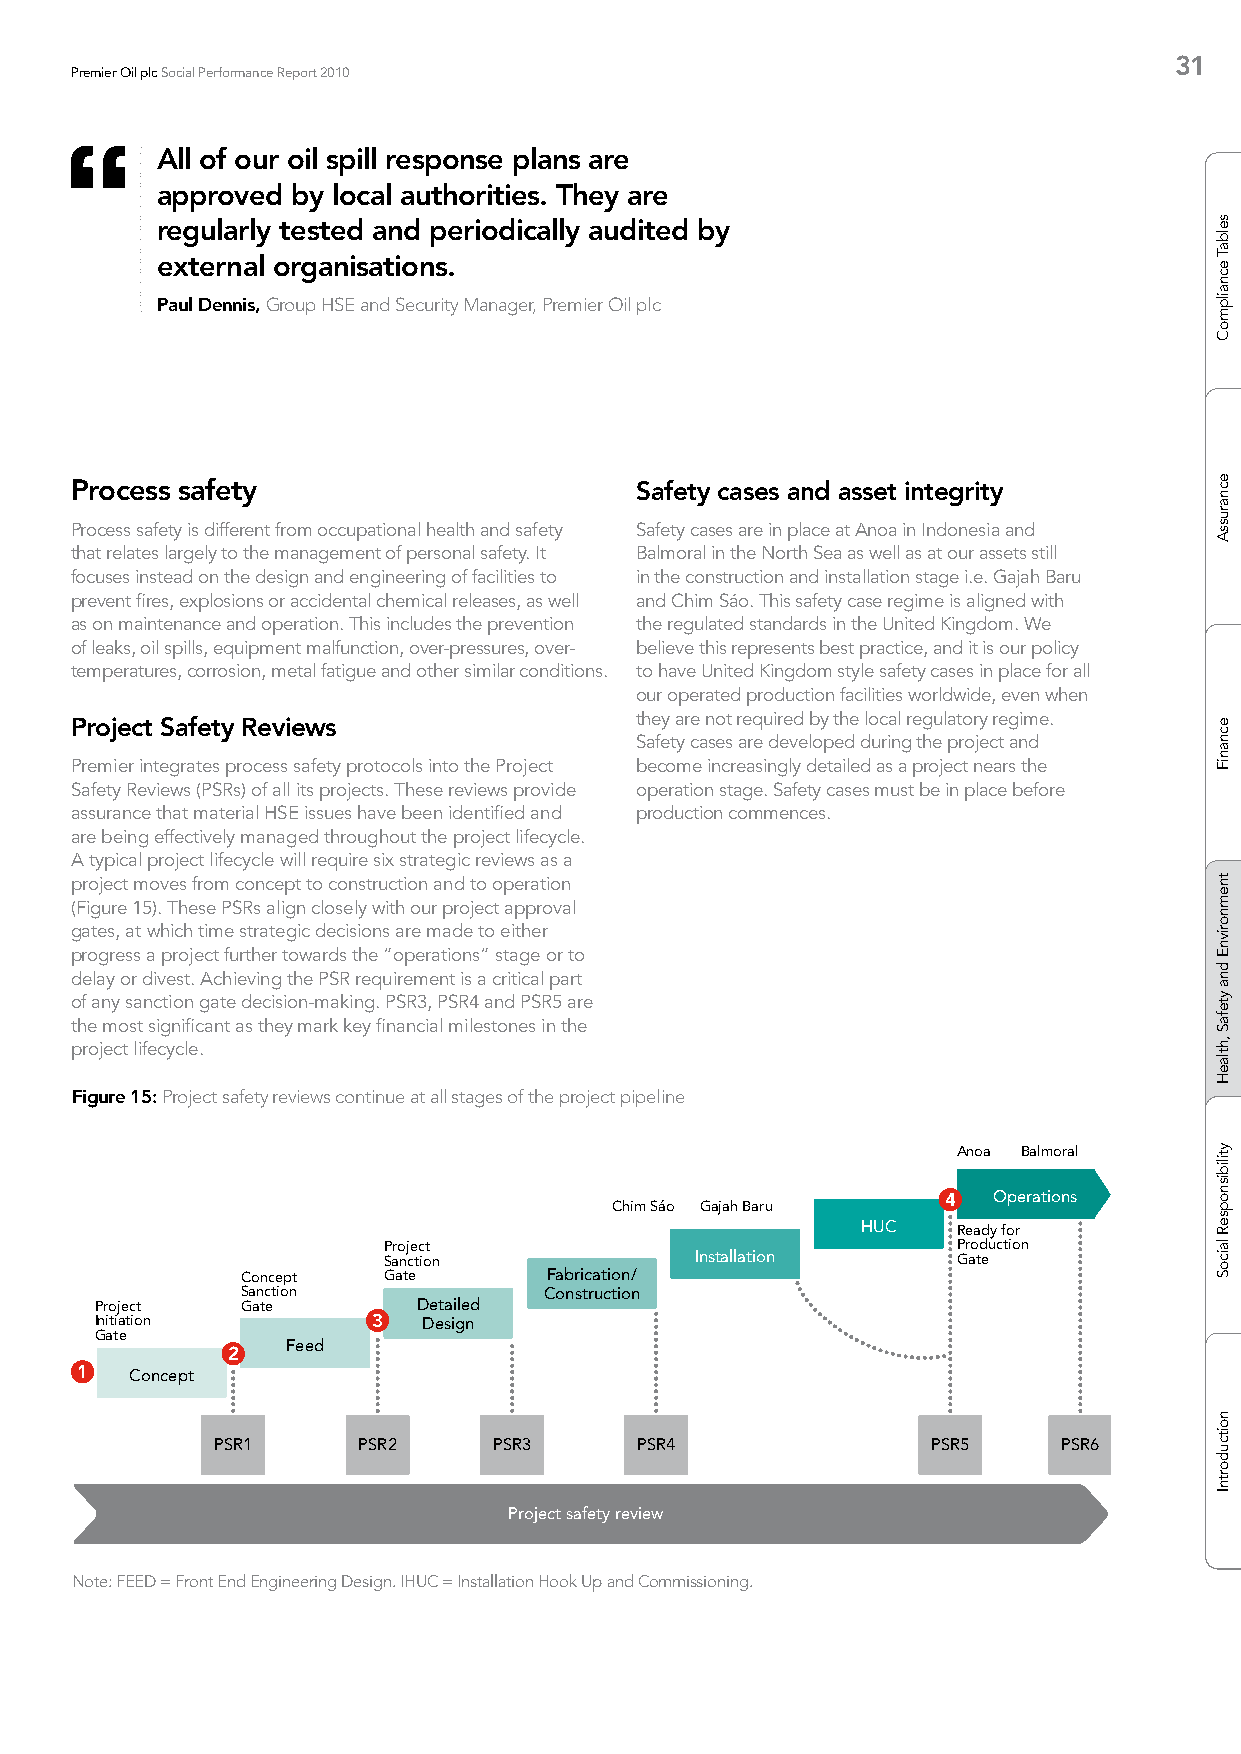
31
 Premier Oil plc Social Performance Report 2010
 All of our oil spill response plans are
 approved by local authorities. They are
 regularly tested and periodically audited by
 external organisations.
 Paul Dennis, Group HSE and Security Manager, Premier Oil plc
 Process safety                       Safety cases and asset integrity
 Process safety is different from occupational health and safety Safety cases are in place at Anoa in Indonesia and
 that relates largely to the management of personal safety. It Balmoral in the North Sea as well as at our assets still
 focuses instead on the design and engineering of facilities to in the construction and installation stage i.e. Gajah Baru
 prevent fires, explosions or accidental chemical releases, as well and Chim Sáo. This safety case regime is aligned with
 as on maintenance and operation. This includes the prevention the regulated standards in the United Kingdom. We
 of leaks, oil spills, equipment malfunction, over-pressures, over- believe this represents best practice, and it is our policy
 temperatures, corrosion, metal fatigue and other similar conditions. to have United Kingdom style safety cases in place for all
 our operated production facilities worldwide, even when
 Project Safety Reviews               they are not required by the local regulatory regime.
 Safety cases are developed during the project and
 Premier integrates process safety protocols into the Project become increasingly detailed as a project nears the
 Safety Reviews (PSRs) of all its projects. These reviews provide operation stage. Safety cases must be in place before
 assurance that material HSE issues have been identified and production commences.
 are being effectively managed throughout the project lifecycle.
 A typical project lifecycle will require six strategic reviews as a
 project moves from concept to construction and to operation
 (Figure 15). These PSRs align closely with our project approval
 gates, at which time strategic decisions are made to either
 progress a project further towards the “operations” stage or to
 delay or divest. Achieving the PSR requirement is a critical part
 of any sanction gate decision-making. PSR3, PSR4 and PSR5 are
 the most significant as they mark key financial milestones in the
 project lifecycle.
 Figure 15: Project safety reviews continue at all stages of the project pipeline
 Anoa Balmoral
 4  Operations
 Chim Sáo Gajah Baru
 HUC   Ready for
 Project                               Production
 Sanction             Installation     Gate
 Concept  Gate       Fabrication/
 Sanction            Construction
 Project   Gate        Detailed
 Initiation         3  Design
 Gate
 Feed
 2
 1   Concept
 PSR1      PSR2     PSR3     PSR4                PSR5    PSR6
 Project safety review
 Note: FEED = Front End Engineering Design. IHUC = Installation Hook Up and Commissioning.
 selbaT
 ecnailpmoC
 ecnarussA
 ecnaniF
 tnemnorivnE
 dna
 ytefaS
 ,htlaeH
 ytilibisnopseR
 laicoS
 noitcudortnI